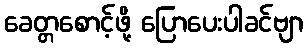
ခေတ္တစောင့်ဖို့ ပြောပေးပါခင်ဗျာ